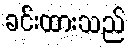
ခင်းထားသည်